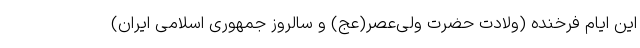
این ایام فرخنده (ولادت حضرت ولی‌عصر(عج) و سالروز جمهوری اسلامی ایران)